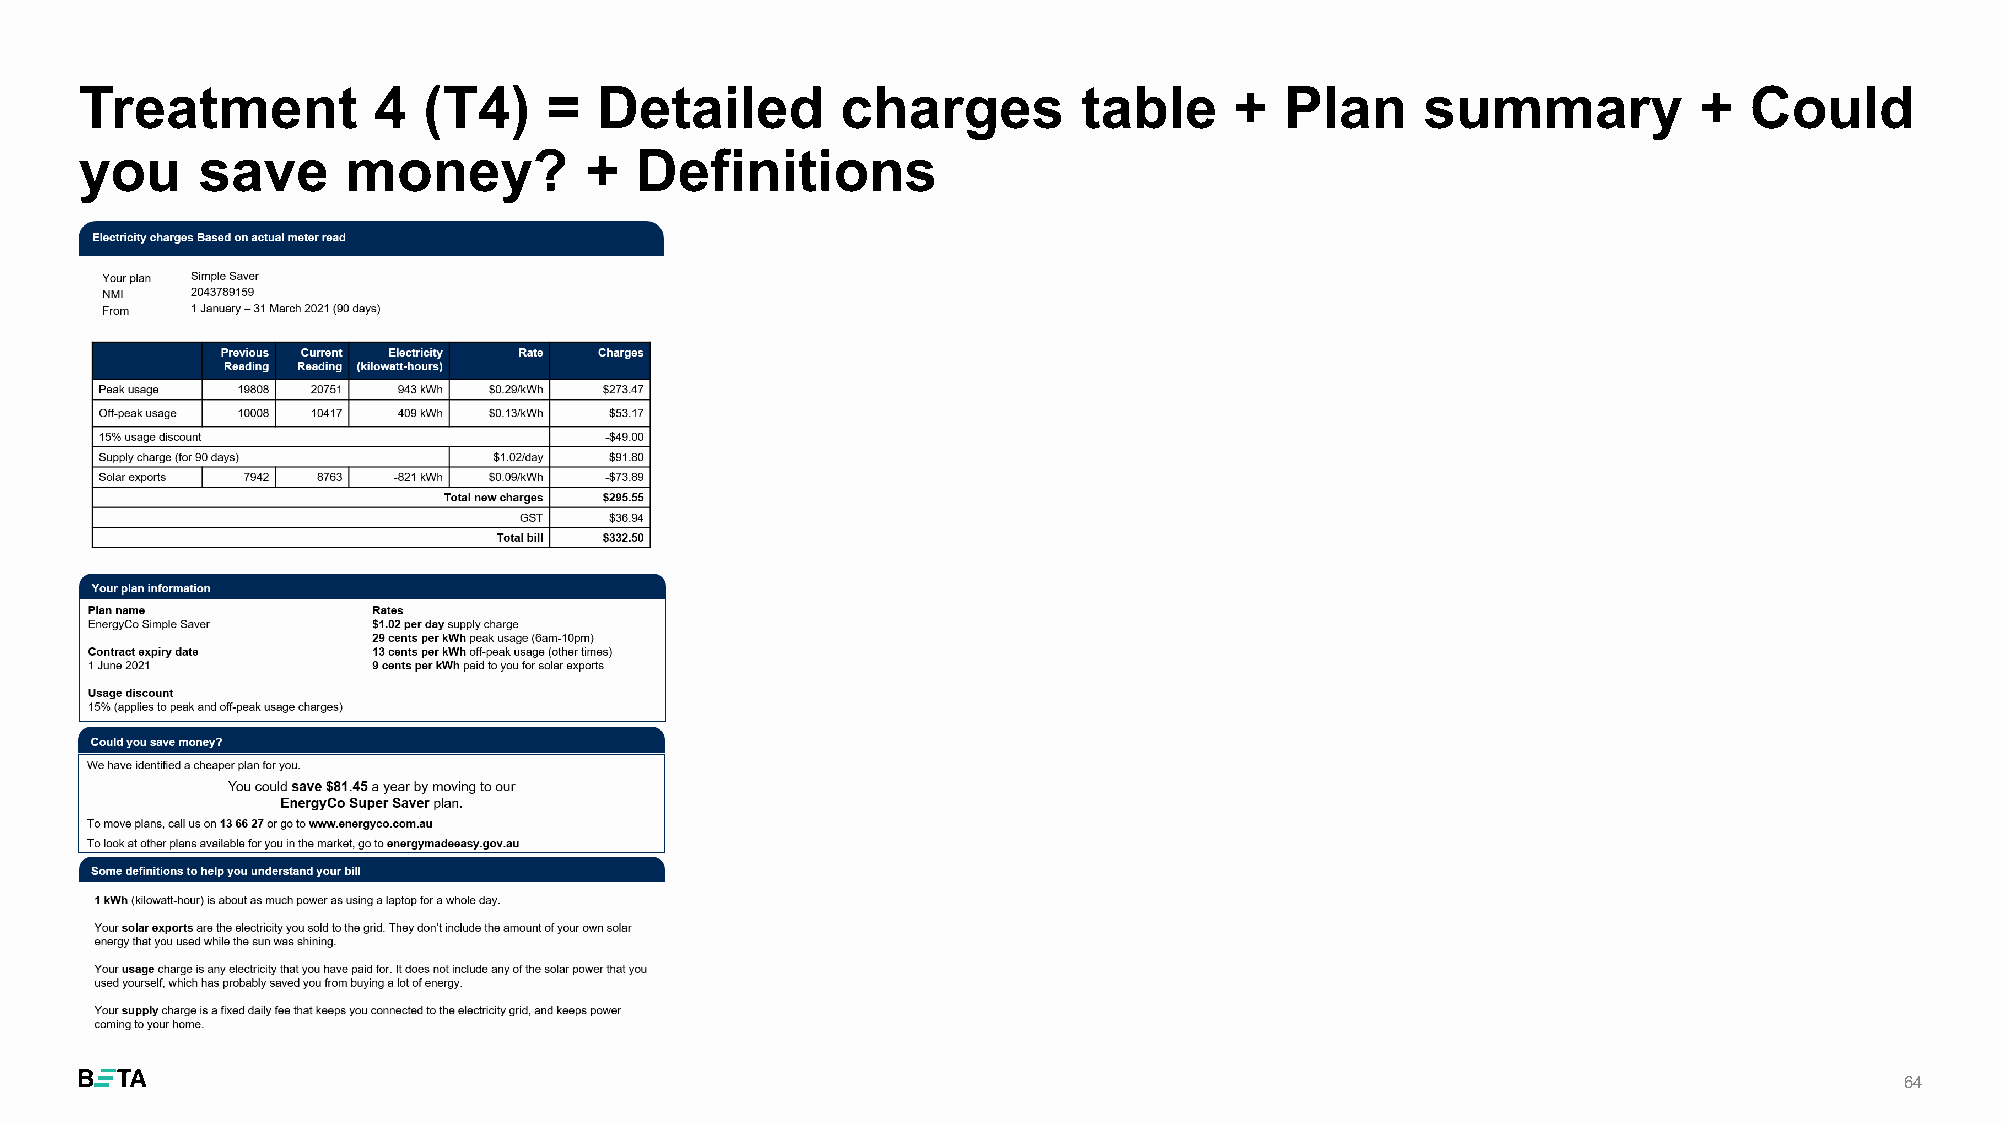
Treatment           4  (T4)    =   Detailed        charges         table     +  Plan     summary           +   Could
 you     save      money?          +  Definitions
 64